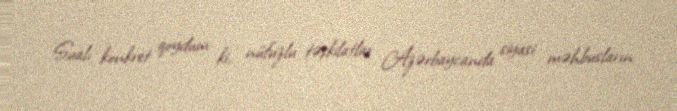
Sualı konkret qoydum ki, nüfuzlu təşkilatlar Azərbaycanda siyasi məhbusların